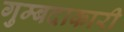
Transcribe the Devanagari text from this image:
गुम्बदाकारी